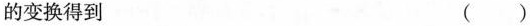
的变换得到 ( )